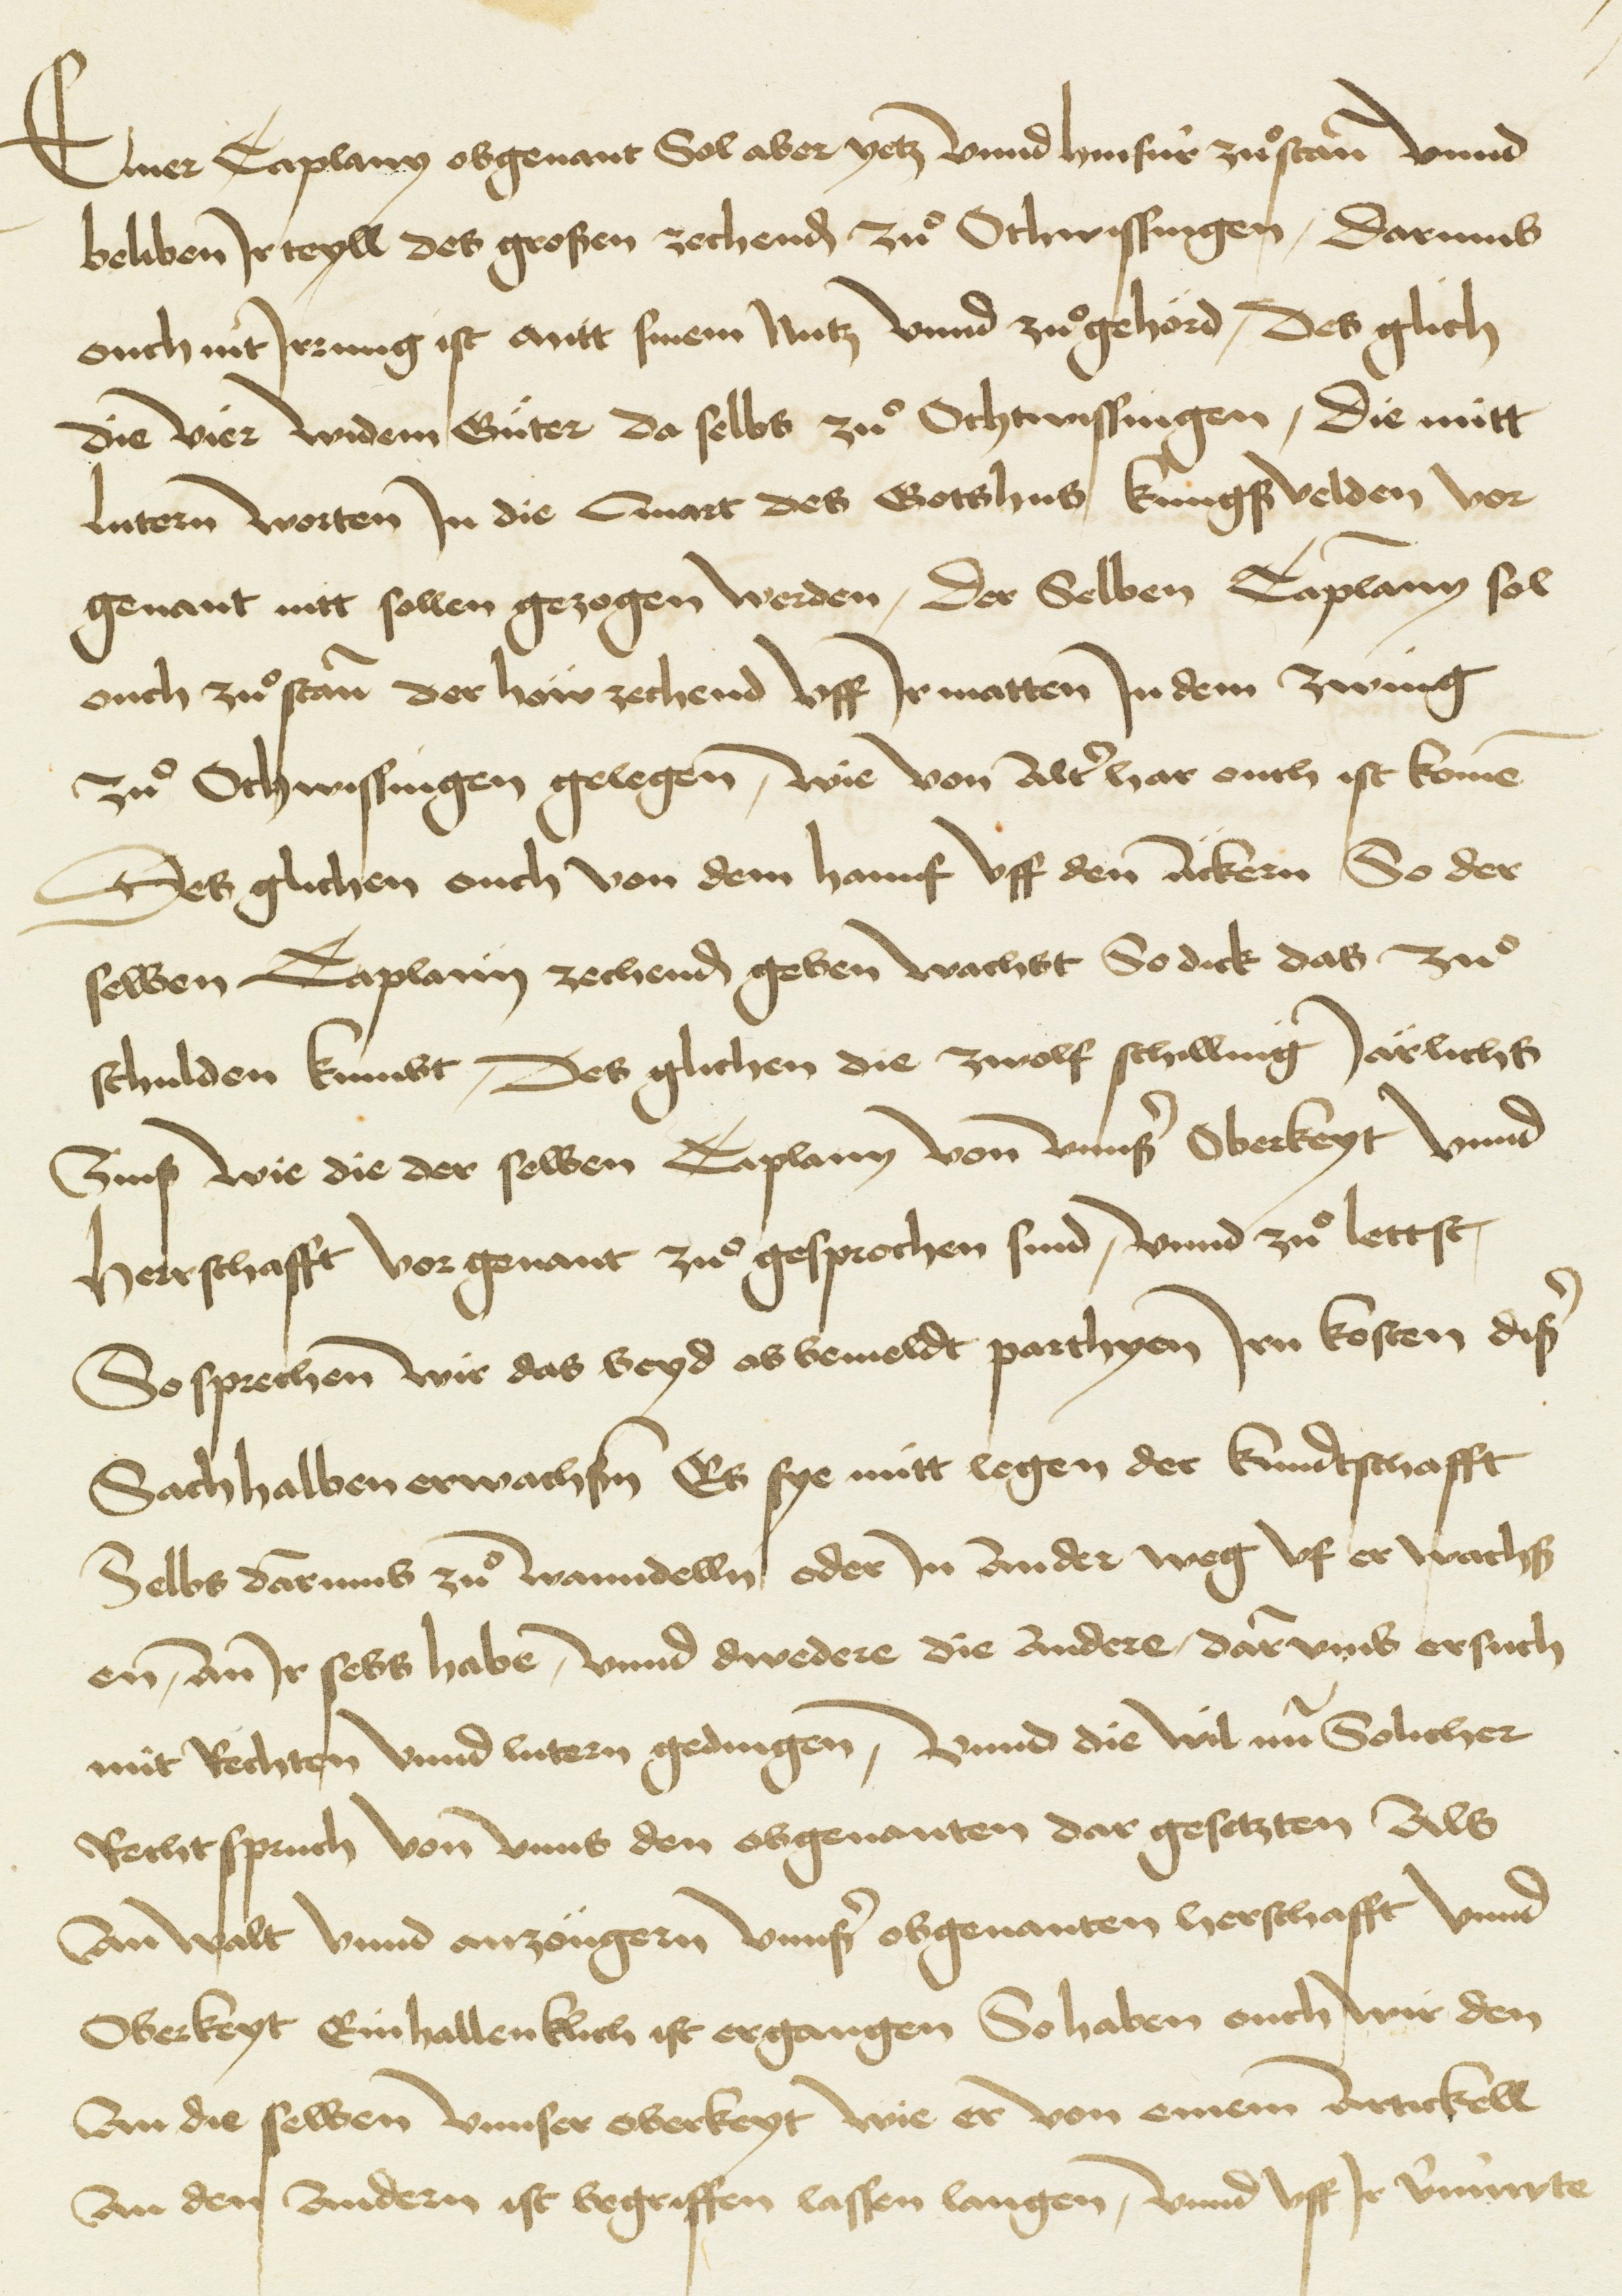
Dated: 1480–1528